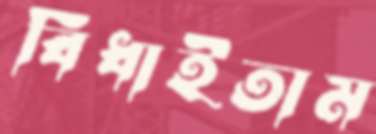
বিঁধাইতাম